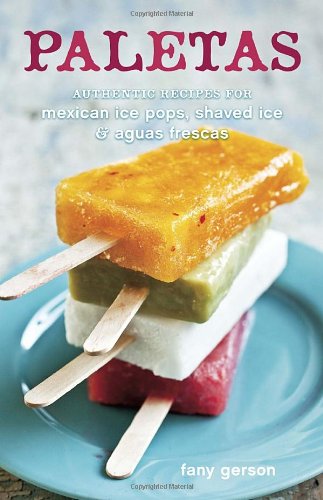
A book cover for Paletas: Authentic Recipes for Mexican Ice Pops, Shaved Ice & Aguas Frescas; Fany Gerson; Cookbooks, Food & Wine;